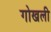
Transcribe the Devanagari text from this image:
गोखली